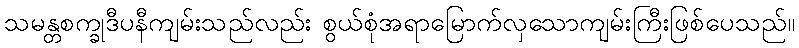
သမန္တစက္ခုဒီပနီကျမ်းသည်လည်း စွယ်စုံအရာမြောက်လှသောကျမ်းကြီးဖြစ်ပေသည်။